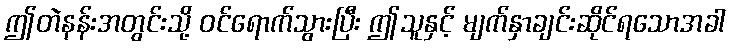
ဤတဲနန်းအတွင်းသို့ ဝင်ရောက်သွားပြီး ဤသူနှင့် မျက်နှာချင်းဆိုင်ရသောအခါ